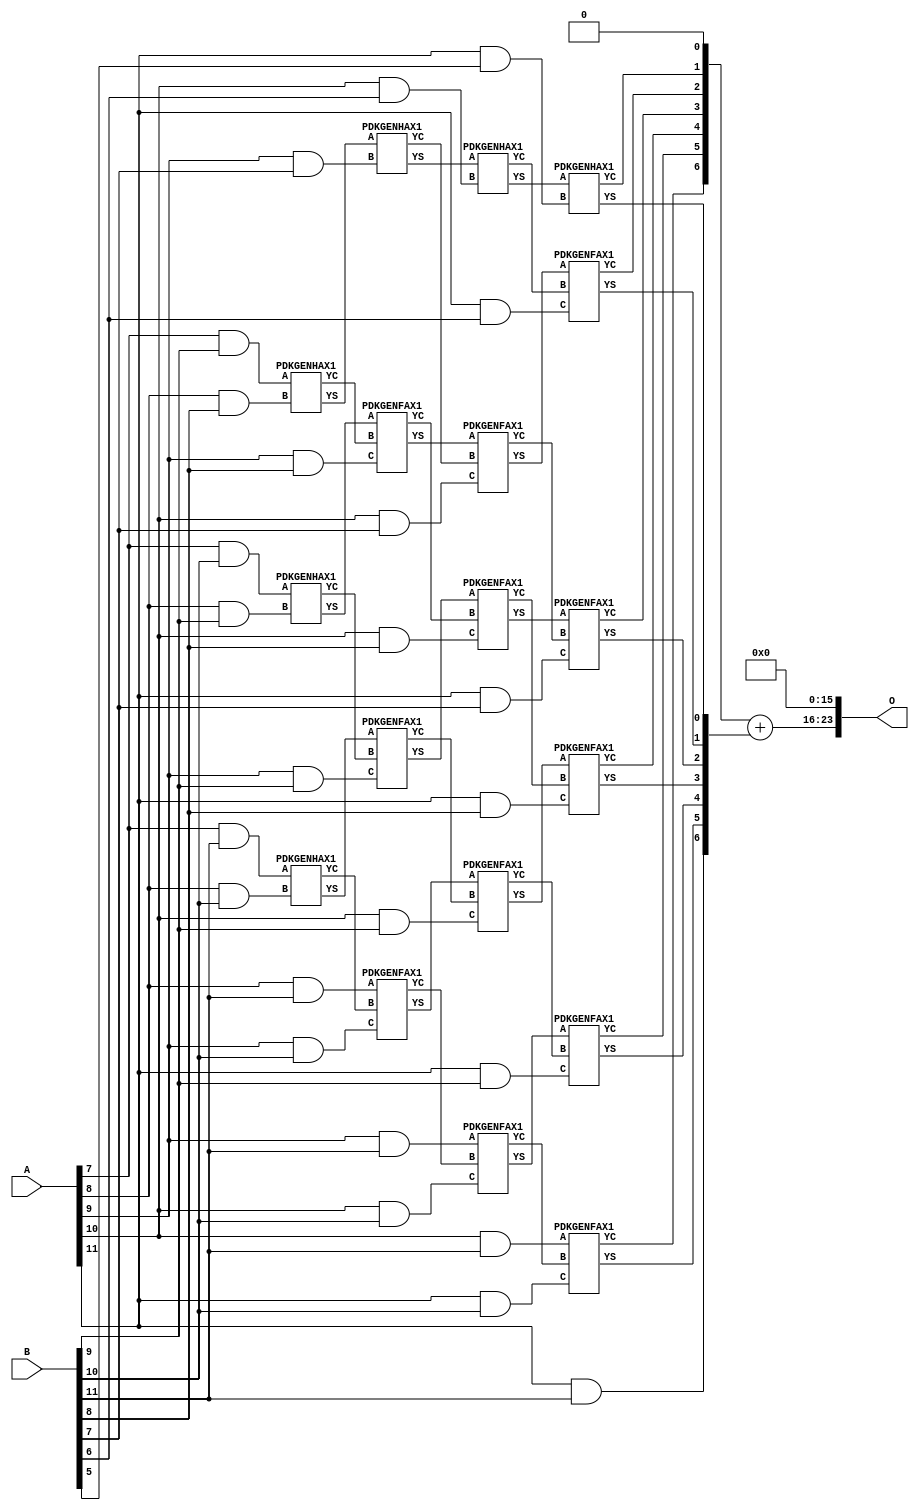
/***
* This code is a part of EvoApproxLib library (ehw.fit.vutbr.cz/approxlib) distributed under The MIT License.
* When used, please cite the following article(s): PRABAKARAN B. S., MRAZEK V., VASICEK Z., SEKANINA L., SHAFIQUE M. ApproxFPGAs: Embracing ASIC-based Approximate Arithmetic Components for FPGA-Based Systems. DAC 2020. 
***/
// MAE% = 1.26 %
// MAE = 210944 
// WCE% = 5.03 %
// WCE = 843777 
// WCRE% = 100.00 %
// EP% = 99.95 %
// MRE% = 14.56 %
// MSE = 60863.622e6 
// FPGA_POWER = 0.47
// FPGA_DELAY = 9.1
// FPGA_LUT = 20


module mul12u_2QA ( A, B, O );
  input [11:0] A;
  input [11:0] B;
  output [23:0] O;

  wire C_10_10,C_10_6,C_10_7,C_10_8,C_10_9,C_11_10,C_11_5,C_11_6,C_11_7,C_11_8,C_11_9,C_8_10,C_8_8,C_8_9,C_9_10,C_9_7,C_9_8,C_9_9,S_10_10,S_10_11,S_10_6,S_10_7,S_10_8,S_10_9,S_11_10,S_11_11,S_11_5,S_11_6,S_11_7,S_11_8,S_11_9,S_12_10,S_12_11,S_12_4,S_12_5,S_12_6,S_12_7,S_12_8,S_12_9,S_7_10,S_7_11,S_7_9,S_8_10,S_8_11,S_8_8,S_8_9,S_9_10,S_9_11,S_9_7,S_9_8,S_9_9;

  assign S_7_9 = (A[7] & B[9]);
  assign S_7_10 = (A[7] & B[10]);
  assign S_7_11 = (A[7] & B[11]);
  PDKGENHAX1 U322347 (.A(S_7_9), .B((A[8] & B[8])), .YS(S_8_8), .YC(C_8_8));
  PDKGENHAX1 U322348 (.A(S_7_10), .B((A[8] & B[9])), .YS(S_8_9), .YC(C_8_9));
  PDKGENHAX1 U322349 (.A(S_7_11), .B((A[8] & B[10])), .YS(S_8_10), .YC(C_8_10));
  assign S_8_11 = (A[8] & B[11]);
  PDKGENHAX1 U322358 (.A(S_8_8), .B((A[9] & B[7])), .YS(S_9_7), .YC(C_9_7));
  PDKGENFAX1 U322359 (.A(S_8_9), .B(C_8_8), .C((A[9] & B[8])), .YS(S_9_8), .YC(C_9_8));
  PDKGENFAX1 U322360 (.A(S_8_10), .B(C_8_9), .C((A[9] & B[9])), .YS(S_9_9), .YC(C_9_9));
  PDKGENFAX1 U322361 (.A(S_8_11), .B(C_8_10), .C((A[9] & B[10])), .YS(S_9_10), .YC(C_9_10));
  assign S_9_11 = (A[9] & B[11]);
  PDKGENHAX1 U322369 (.A(S_9_7), .B((A[10] & B[6])), .YS(S_10_6), .YC(C_10_6));
  PDKGENFAX1 U322370 (.A(S_9_8), .B(C_9_7), .C((A[10] & B[7])), .YS(S_10_7), .YC(C_10_7));
  PDKGENFAX1 U322371 (.A(S_9_9), .B(C_9_8), .C((A[10] & B[8])), .YS(S_10_8), .YC(C_10_8));
  PDKGENFAX1 U322372 (.A(S_9_10), .B(C_9_9), .C((A[10] & B[9])), .YS(S_10_9), .YC(C_10_9));
  PDKGENFAX1 U322373 (.A(S_9_11), .B(C_9_10), .C((A[10] & B[10])), .YS(S_10_10), .YC(C_10_10));
  assign S_10_11 = (A[10] & B[11]);
  PDKGENHAX1 U322380 (.A(S_10_6), .B((A[11] & B[5])), .YS(S_11_5), .YC(C_11_5));
  PDKGENFAX1 U322381 (.A(S_10_7), .B(C_10_6), .C((A[11] & B[6])), .YS(S_11_6), .YC(C_11_6));
  PDKGENFAX1 U322382 (.A(S_10_8), .B(C_10_7), .C((A[11] & B[7])), .YS(S_11_7), .YC(C_11_7));
  PDKGENFAX1 U322383 (.A(S_10_9), .B(C_10_8), .C((A[11] & B[8])), .YS(S_11_8), .YC(C_11_8));
  PDKGENFAX1 U322384 (.A(S_10_10), .B(C_10_9), .C((A[11] & B[9])), .YS(S_11_9), .YC(C_11_9));
  PDKGENFAX1 U322385 (.A(S_10_11), .B(C_10_10), .C((A[11] & B[10])), .YS(S_11_10), .YC(C_11_10));
  assign S_11_11 = (A[11] & B[11]);
  assign {S_12_11, S_12_10, S_12_9, S_12_8, S_12_7, S_12_6, S_12_5, S_12_4} = {C_11_10, C_11_9, C_11_8, C_11_7, C_11_6, C_11_5, 1'b0} + {S_11_11, S_11_10, S_11_9, S_11_8, S_11_7, S_11_6, S_11_5};
  assign O = {S_12_11,S_12_10,S_12_9,S_12_8,S_12_7,S_12_6,S_12_5,S_12_4,1'b0,1'b0,1'b0,1'b0,1'b0,1'b0,1'b0,1'b0,1'b0,1'b0,1'b0,1'b0,1'b0,1'b0,1'b0,1'b0};

endmodule

/* mod */
module PDKGENHAX1( input A, input B, output YS, output YC );
    assign YS = A ^ B;
    assign YC = A & B;
endmodule
/* mod */
module PDKGENFAX1( input A, input B, input C, output YS, output YC );
    assign YS = (A ^ B) ^ C;
    assign YC = (A & B) | (B & C) | (A & C);
endmodule